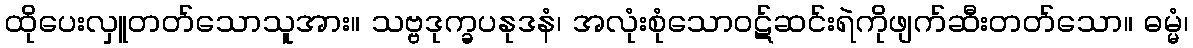
ထိုပေးလှူတတ်သောသူအား။ သဗ္ဗဒုက္ခပနုဒနံ၊ အလုံးစုံသောဝဋ်ဆင်းရဲကိုဖျက်ဆီးတတ်သော။ ဓမ္မံ၊